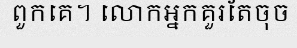
ពួកគេ។ លោកអ្នកគួរតែចុច